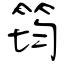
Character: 筠